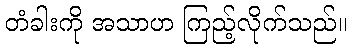
တံခါးကို အသာဟ ကြည့်လိုက်သည်။